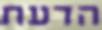
הדעת